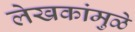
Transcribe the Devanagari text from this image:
लेखकांमुळे